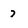
Character: 7